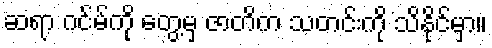
ဆရာ ဂင်မ်ကို တွေ့မှ ဇာတိက သတင်းကို သိနိုင်မှာ။